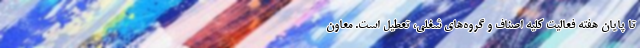
تا پایان هفته فعالیت کلیه اصناف و گروه‌های شغلی، تعطیل است. معاون